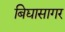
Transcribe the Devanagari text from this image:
बिद्यासागर